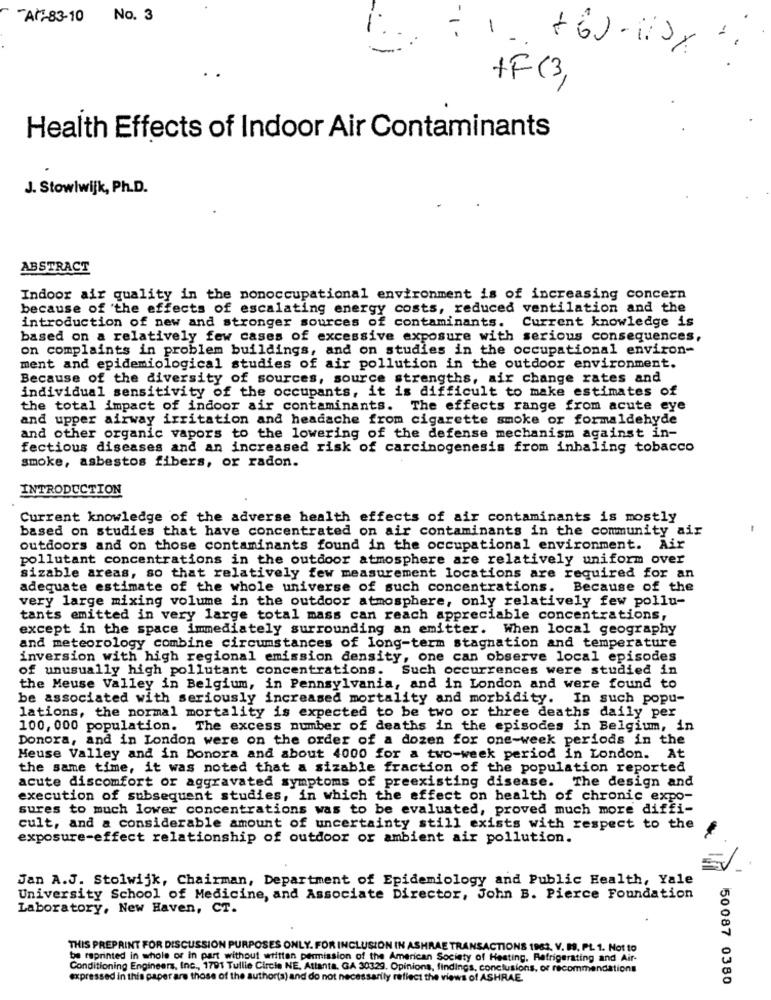
"Ar-83-10 No. 3
-
+60-1108
+F(3,
Health Effects of Indoor Air Contaminants
J. Stowlwijk, Ph.D.
ABSTRACT
Indoor air quality in the nonoccupational environment is of increasing concern
because of the effects of escalating energy costs, reduced ventilation and the
introduction of new and stronger sources of contaminants. Current knowledge is
based on a relatively few cases of excessive exposure with serious consequences,
on complaints in problem buildings, and on studies in the occupational environ-
ment and epidemiological studies of air pollution in the outdoor environment.
Because of the diversity of sources, source strengths, air change rates and
individual sensitivity of the occupants, it is difficult to make estimates of
the total impact of indoor air contaminants. The effects range from acute eye
and upper airway irritation and headache from cigarette smoke or formaldehyde
and other organic vapors to the lowering of the defense mechanism against in-
fectious diseases and an increased risk of carcinogenesis from inhaling tobacco
smoke, asbestos fibers, or radon.
INTRODUCTION
Current knowledge of the adverse health effects of air contaminants is mostly
based on studies that have concentrated on air contaminants in the community air
outdoors and on those contaminants found in the occupational environment. Air
pollutant concentrations in the outdoor atmosphere are relatively uniform over
sizable areas, so that relatively few measurement locations are required for an
adequate estimate of the whole universe of such concentrations. Because of the
very large mixing volume in the outdoor atmosphere, only relatively few pollu-
tants emitted in very large total mass can reach appreciable concentrations,
except in the space immediately surrounding an emitter. When local geography
and meteorology combine circumstances of long-term stagnation and temperature
inversion with high regional emission density, one can observe local episodes
of unusually high pollutant concentrations. Such occurrences were studied in
the Meuse Valley in Belgium, in Pennsylvania, and in London and were found to
be associated with seriously increased mortality and morbidity. In such popu-
lations, the normal mortality is expected to be two or three deaths daily per
100, 000 population. The excess number of deaths in the episodes in Belgium, in
Donora, and in London were on the order of a dozen for one-week periods in the
Meuse Valley and in Donora and about 4000 for a two-week period in London. At
the same time, it was noted that a sizable fraction of the population reported
acute discomfort or aggravated symptoms of preexisting disease. The design and
execution of subsequent studies, in which the effect on health of chronic expo-
sures to much lower concentrations was to be evaluated, proved much more diffi-
cult, and a considerable amount of uncertainty still exists with respect to the
exposure-effect relationship of outdoor or ambient air pollution.
Jan A.J. Stolwijk, Chairman, Department of Epidemiology and Public Health, Yale
University School of Medicine, and Associate Director, John B. Pierce Foundation
Laboratory, New Haven, CT.
THIS PREPRINT FOR DISCUSSION PURPOSES ONLY. FOR INCLUSION IN ASHRAE TRANSACTIONS 1983. V. B. PL. 1. Not to
be reprinted in whole or in part without written permission of the American Society of Heating, Refrigerating and Air-
Conditioning Engineers, Inc ., 1791 Tullie Circle NE, Atlanta, GA 30329. Opinions, findings, conclusions, or recommendations
expressed in this paper are those of the author(a) and do not necessarily reflect the views of ASHRAE
50087 0380